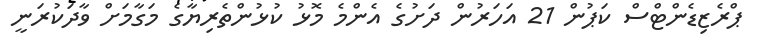
ޕްރެޒިޑެންޓްސް ކަޕުން 21 އަހަރުން ދަށުގެ އެންމެ މޮޅު ކުޅުންތެރިޔާގެ މަގާމަށް ވާދަކުރަނީ